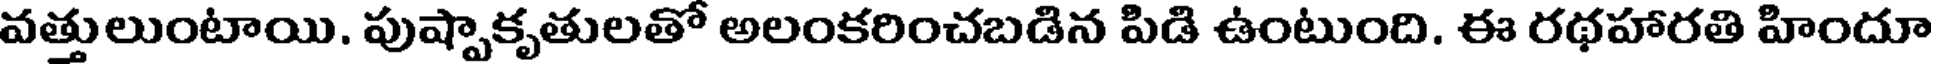
వత్తులుంటాయి. పుష్పాకృతులతో అలంకరించబడిన పిడి ఉంటుంది. ఈ రథహారతి హిందూ